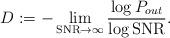
LaTeX: \begin{align*}D := - \lim_{\mathrm{SNR}\rightarrow \infty} \frac{\log P_{out}}{\log\mathrm{SNR}}.\end{align*}